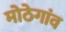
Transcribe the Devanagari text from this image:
मोठेगांव